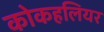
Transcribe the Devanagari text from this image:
कोकहलियर